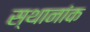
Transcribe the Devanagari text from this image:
स्थानांक